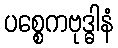
ပစ္စေကဗုဒ္ဓါနံ